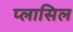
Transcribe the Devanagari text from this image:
प्लासिल